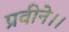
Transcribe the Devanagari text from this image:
प्रवीने।।